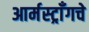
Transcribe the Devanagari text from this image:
आर्मस्ट्राँगचे